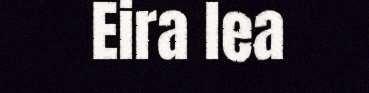
Eira lea